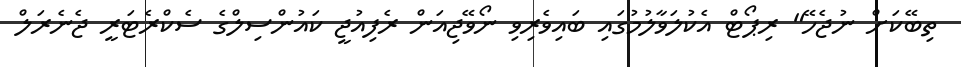
ތިބޭކަށް ނުޖެހޭ" ރިޕޯޓް އެކުލަވާލުމުގައި ބައިވެރިވި ނޯވޭޖިއަން ރެފިއުޖީ ކައުންސިލްގެ ސެކްރެޓަރީ ޖެނެރަލް